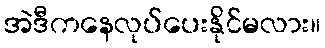
အဲဒီကနေလုပ်ပေးနိုင်မလား။